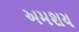
અમશય